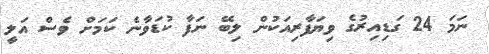
ނަމަ 24 ގަޑިއިރުގެ ވިޔަފާރިއަކުން ލިބޭ ނަފާ ކުޑަވާނެ ކަމަށް ވެސް އަލީ